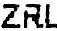
ZRL